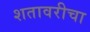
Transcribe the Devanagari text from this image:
शतावरीचा